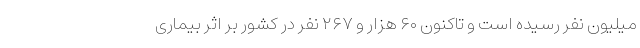
میلیون نفر رسیده است و تاکنون ۶۰ هزار و ۲۶۷ نفر در کشور بر اثر بیماری